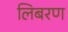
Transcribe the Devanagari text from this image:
लिबरण